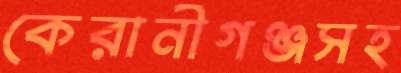
কেরানীগঞ্জসহ